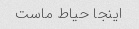
اینجا حیاط ماست